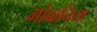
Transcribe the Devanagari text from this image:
गोबानिया